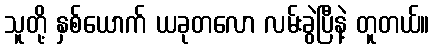
သူတို့ နှစ်ယောက် ယခုတလော လမ်းခွဲပြီနဲ့ တူတယ်။